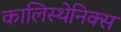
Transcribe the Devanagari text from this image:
कालिस्थेनिक्स